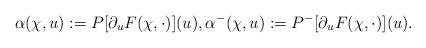
LaTeX: \begin{align*}\alpha(\chi,u):= P[\partial_u F(\chi,\cdot)](u), \alpha^-(\chi,u):= P^-[\partial_u F(\chi,\cdot)](u) .\end{align*}